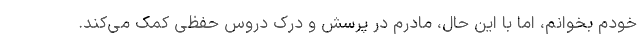
خودم بخوانم، اما با این حال، مادرم در پرسش و درک دروس حفظی کمک می‌کند.